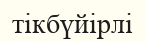
тікбүйірлі